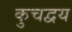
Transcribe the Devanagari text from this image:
कुचद्वय